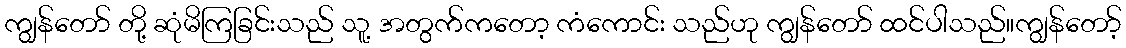
ကျွန်တော် တို့ ဆုံမိကြခြင်းသည် သူ့ အတွက်ကတော့ ကံကောင်း သည်ဟု ကျွန်တော် ထင်ပါသည်။ကျွန်တော့်